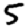
Digit: 5